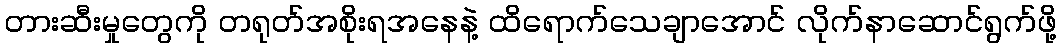
တားဆီးမှုတွေကို တရုတ်အစိုးရအနေနဲ့ ထိရောက်သေချာအောင် လိုက်နာဆောင်ရွက်ဖို့